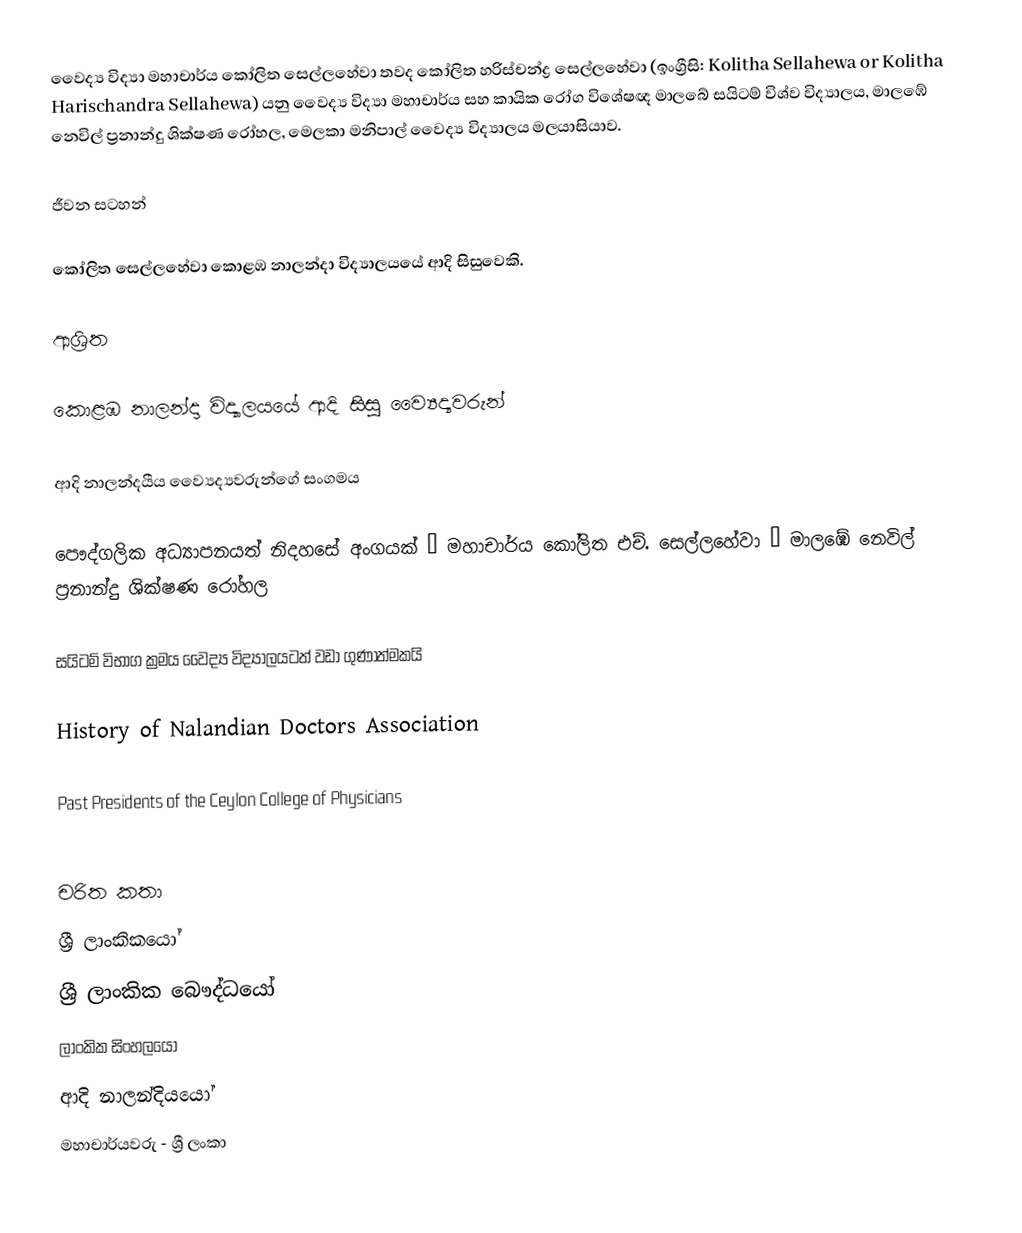
වෛද්‍ය විද්‍යා මහාචාර්ය කෝලිත සෙල්ලහේවා තවද කෝලිත හරිස්චන්ද්‍ර සෙල්ලහේවා (ඉංග්‍රීසි: Kolitha Sellahewa or Kolitha Harischandra Sellahewa) යනු වෛද්‍ය විද්‍යා මහාචාර්ය සහ කායික රෝග විශේෂඥ මාලබේ සයිටම් විශ්ව විද්‍යාලය, මාලඹේ නෙවිල් ප්‍රනාන්දු ශික්ෂණ රෝහල, මෙලකා මනිපාල් වෛද්‍ය විද්‍යාලය මලයාසියාව.

ජීවන සටහන්

කෝලිත සෙල්ලහේවා  කොළඹ නාලන්දා විද්‍යාලයයේ ආදි සිසුවෙකි.

ආශ්‍රිත

 කොළඹ නාලන්දා විද්‍යාලයයේ ආදි සිසු ව්‍යෛද්‍යවරුන්

 ආදි නාලන්දයීය ව්‍යෛද්‍යවරුන්ගේ සංගමය

 පෞද්ගලික අධ්‍යාපනයත් නිදහසේ අංගයක් – මහාචාර්ය කෝලිත එච්. සෙල්ලහේවා – මාලඹේ නෙවිල් ප්‍රනාන්දු ශික්ෂණ රෝහල

 සයිටම් විභාග ක්‍රමය වෛද්‍ය විද්‍යාලයටත් වඩා ගුණාත්මකයි

 History of Nalandian Doctors Association

 Past Presidents of the Ceylon College of Physicians

චරිත කතා
ශ්‍රී ලාංකිකයෝ
ශ්‍රී ලාංකික බෞද්ධයෝ
ලාංකික සිංහලයෝ
ආදි නාලන්දියයෝ
මහාචාර්යවරු - ශ්‍රී ලංකා